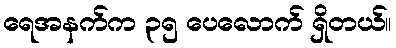
ရေအနက်က ၃၅ ပေလောက် ရှိတယ်။